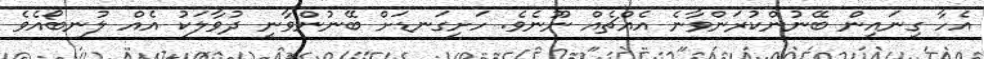
އެހާ ގިނައިން ބޭނުންކުރަންވާނެ އެއްޗެއް ނޫނެވެ. ހަށިގަނޑަށް ބޭނުންވާނީ ދުވާލަކު އެއް ލުނބޯއެވެ